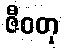
ဇီဝတု